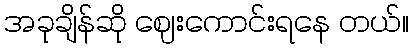
အခုချိန်ဆို ဈေးကောင်းရနေ တယ်။